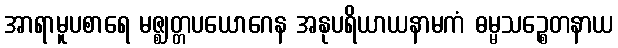
အာရာမူပစာရေ မဇ္ဈတ္တပယောဂေန အနုပရိယာယနာမကံ ဓမ္မသဉ္စေတနာယ